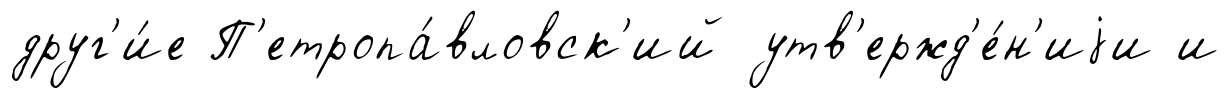
друг'и́е П'етропа́вловск'ий утв'ержд'е́н'иjи и